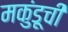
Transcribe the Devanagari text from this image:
मकुंडूची